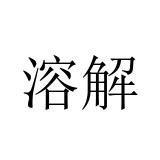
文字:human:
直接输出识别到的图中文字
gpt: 溶解